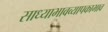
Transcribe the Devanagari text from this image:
साध्याभावव्यापकाभाव